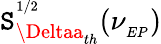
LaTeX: \mathtt{S}_{\Deltaa_{th}}^{^{1/2}}(\nu_{_{EP}})